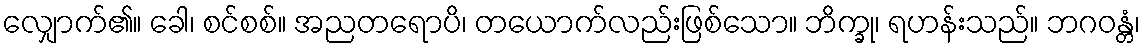
လျှောက်၏။ ခေါ၊ စင်စစ်။ အညတရောပိ၊ တယောက်လည်းဖြစ်သော။ ဘိက္ခု၊ ရဟန်းသည်။ ဘဂဝန္တံ၊